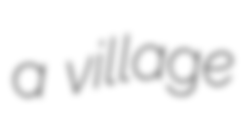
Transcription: a village